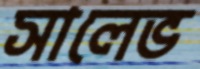
সালেভ